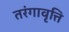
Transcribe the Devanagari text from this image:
तरंगावृत्ति